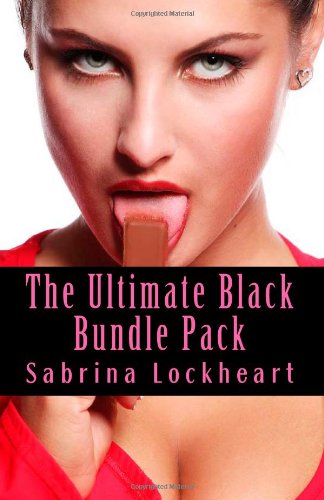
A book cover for The Ultimate Black Bundle Pack: 6 of Sabrina Lockheart's most sizzling titles; Sabrina Lockheart; Romance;